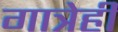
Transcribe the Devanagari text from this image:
गात्रेही